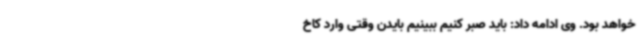
خواهد بود. وی ادامه داد: باید صبر کنیم ببینیم بایدن وقتی وارد کاخ